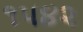
૧૫૪૨